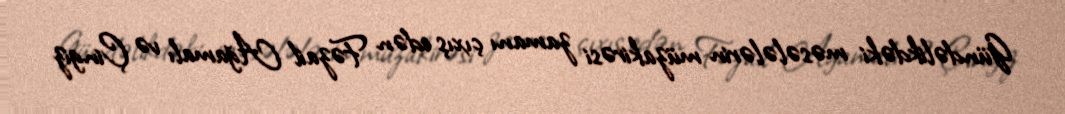
Gündəlikdəki məsələlərin müzakirəsi zamanı çıxış edən Fəzail Ağamalı və Çingiz